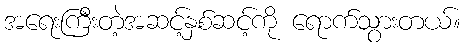
အရေးကြီးတဲ့အဆင့်နှစ်ဆင့်ကို ရောက်သွားတယ်။